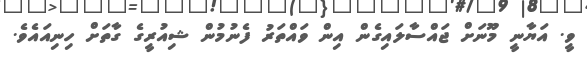
ވީ. އަޔާނީ މޫނަށް ޖައްސާލައިގެން އިން ވައްތަރު ފެނުމުން ޝިއުރީގެ ގާތަށް ހިނިއައެވެ.